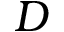
D